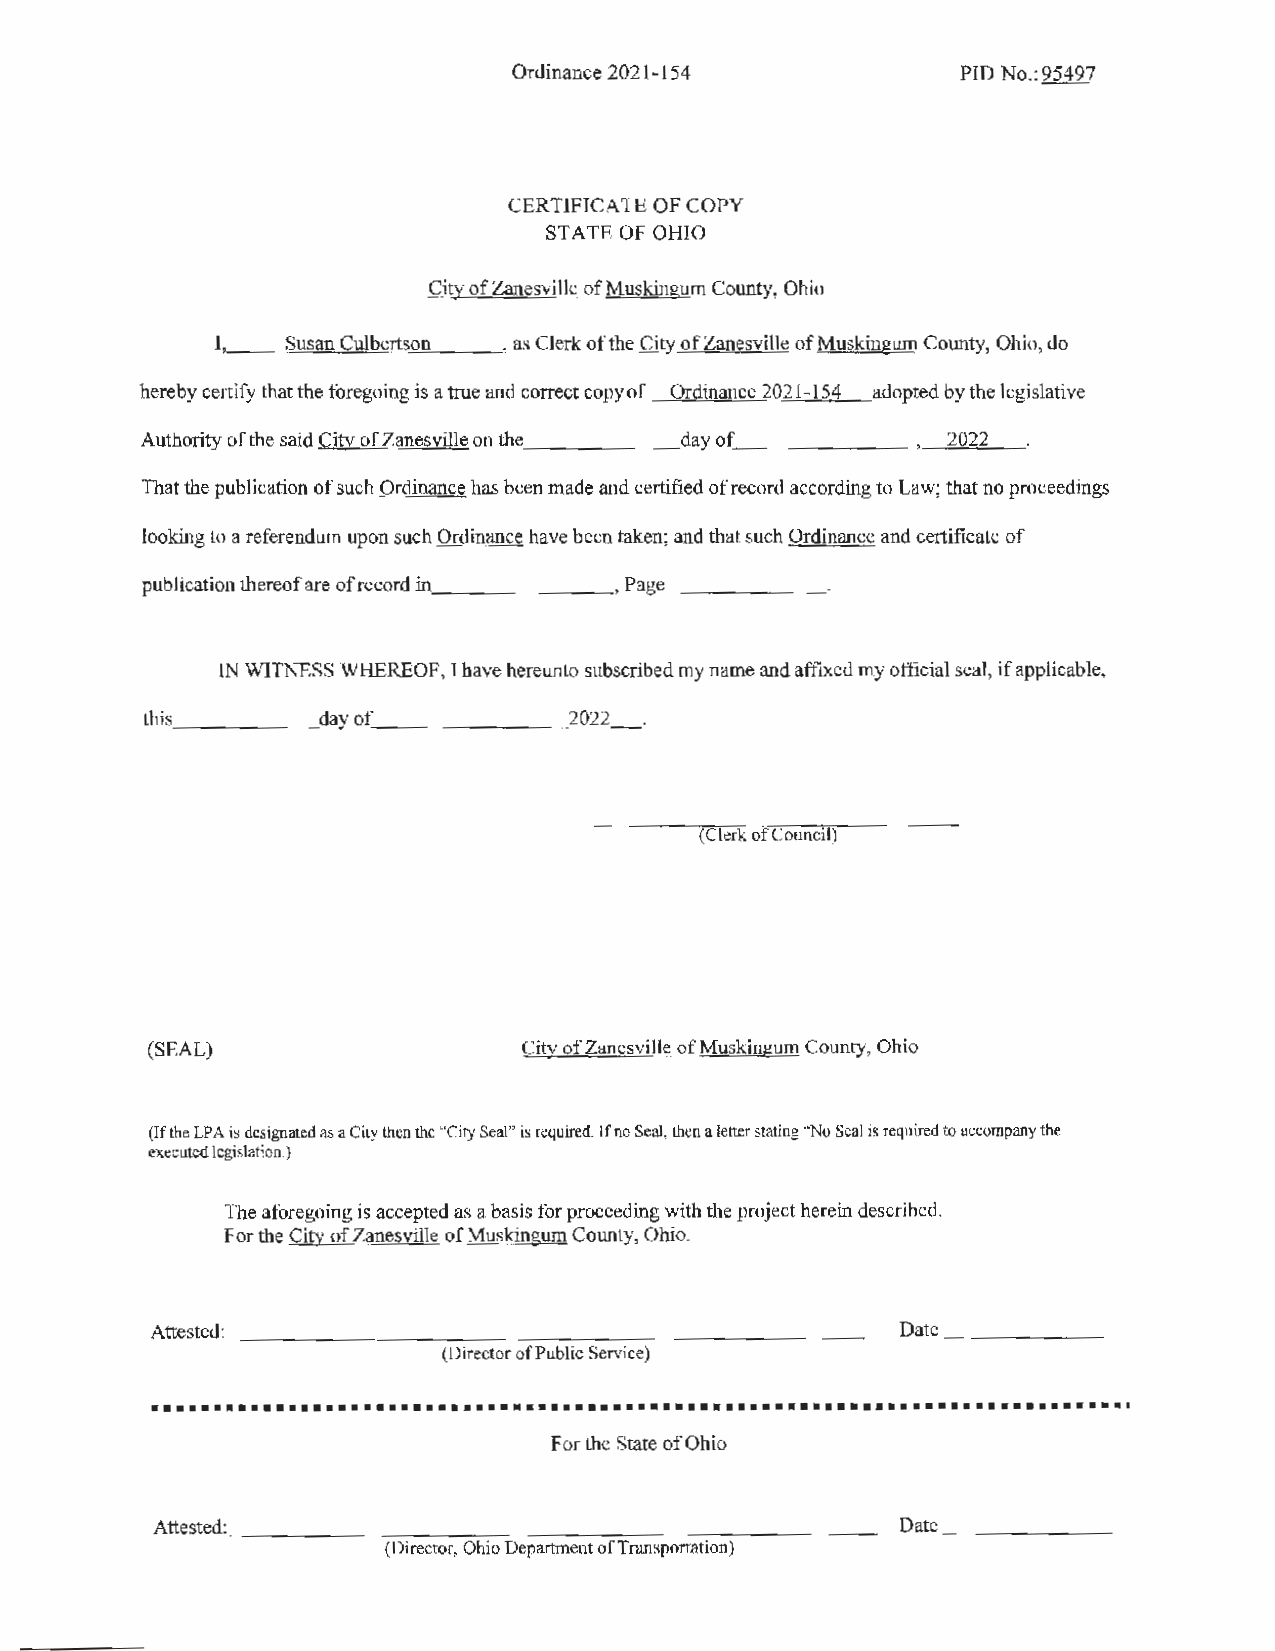
Ordinance 2021-154            PID No.: 95497
 CERTIFICATE OF COPY
 STA TE OF OHIO
 City of Zanesville of Muskingum County, Ohio
 I,,_ _- =Su=s""an"''--C'""u"'l""b""'ert'-"s,,_.,o'n"",___ _,, as Clerk of the City of Zanesville of Muskingum County, Ohio, do
 hereby certify that the foregoing is a true and correct copy of Ordinance 2021-154 adopted by the legislative
 Authority of the said City of Zanesville on the_ ______ day of________ 2022
 That the publication of such Ordinance has been made and certified of record according to Law; that no proceedings
 looking to a referendum upon such Ordinance have been taken; and that such Ordinance and certificate of
 publication thereof are ofrecord in._ ______ _ , Page_ ______
 IN WITNESS WHEREOF, I have hereunto subscribed my name and affixed my official seal, if applicable,
 this _ ____d ay of_ ______2  022_.
 (Clerk of Council)
 (SEAL)                  City of Zanesville of Muskingum County, Ohio
 (If the LPA is designated as a City then the "City Seal" is required. If no Seal, then a letter stating "No Seal is required to accompany the
 executed legislation.)
 The aforegoing is accepted as a basis for proceeding with the project herein described.
 For the City of Zanesville of Muskingum County, Ohio.
 Attested: ____________________________           Date _______
 (Director of Public Service)
 •••••••••••••••••••••••••••••••••••••••••••••••••••••••••••••••••••••••••••••••
 For the State of Ohio
 Attested: __________________________             Date ________
 (Director, Ohio Department of Transportation)